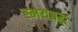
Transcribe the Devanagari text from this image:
स्मयबद्ध